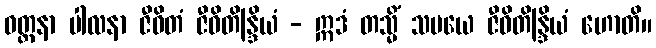
ဝတ္တနာ ပါလနာ ဇီဝိတံ ဇီဝိတိန္ဒြိယံ - ဣဒံ တသ္မိံ သမယေ ဇီဝိတိန္ဒြိယံ ဟောတိ။